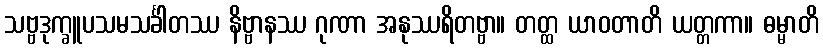
သဗ္ဗဒုက္ခူပသမသင်္ခါတဿ နိဗ္ဗာနဿ ဂုဏာ အနုဿရိတဗ္ဗာ။ တတ္ထ ယာဝတာတိ ယတ္တကာ။ ဓမ္မာတိ